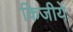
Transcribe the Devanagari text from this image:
किजीये